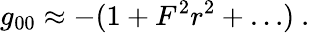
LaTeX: g_{00}\approx-(1+F^{2}r^{2}+\ldots)\ .